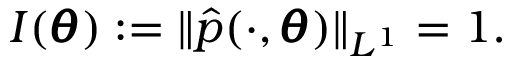
I ( \pmb \theta ) : = \| \hat { p } ( \cdot , \pmb \theta ) \| _ { L ^ { 1 } } = 1 .